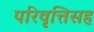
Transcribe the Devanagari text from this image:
परिवृत्तिसह